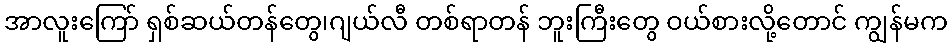
အာလူးကြော် ရှစ်ဆယ်တန်တွေ၊ဂျယ်လီ တစ်ရာတန် ဘူးကြီးတွေ ဝယ်စားလို့တောင် ကျွန်မက